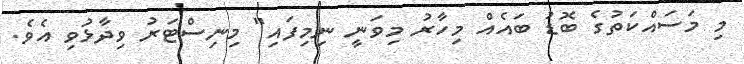
މި މަސައްކަތުގެ ބޮޑު ބައެއް މިހާރު މިވަނީ ނިމިފައި" މިނިސްޓަރު ވިދާޅުވި އެވެ.